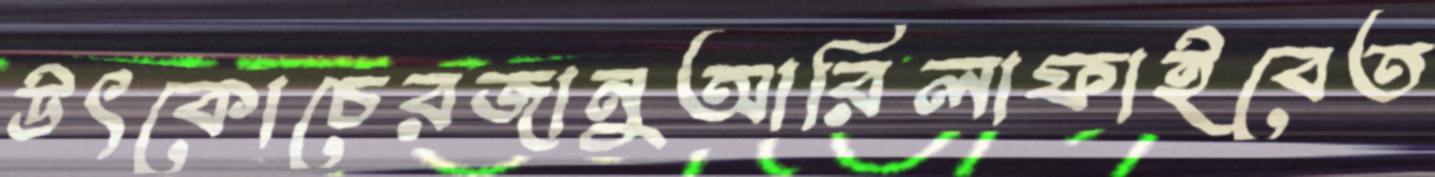
উৎকোচেরজানুআরিলাফাইবেত